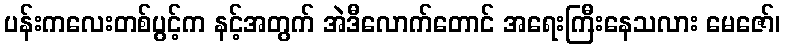
ပန်းကလေးတစ်ပွင့်က နင့်အတွက် အဲဒီလောက်တောင် အရေးကြီးနေသလား မေဇော်၊